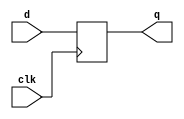
`timescale 1ns / 1ps
//////////////////////////////////////////////////////////////////////////////////
// Company: NIST 
// 
// Design Name: 4 BIT REGISTER
// Module Name: reg_4bit

// Revision:
// Revision 0.01 - File Created
// Additional Comments:
// 
//////////////////////////////////////////////////////////////////////////////////


module reg_4bit(
    input [3:0] d,
    input clk,
    output reg [3:0] q
    );
    always@(posedge clk)
    begin
        q=d;
    end
endmodule